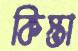
কিস্তা